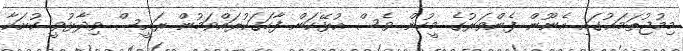
މިމުޖުތަމަޢުގައި އެނޫން ފެންވަރުގެ މީހުން ވެސް އުޅޭކަން ފާހަގަކުރައްވަމުން ރައީސް ވިދާޅުވީ ކުށަކާ